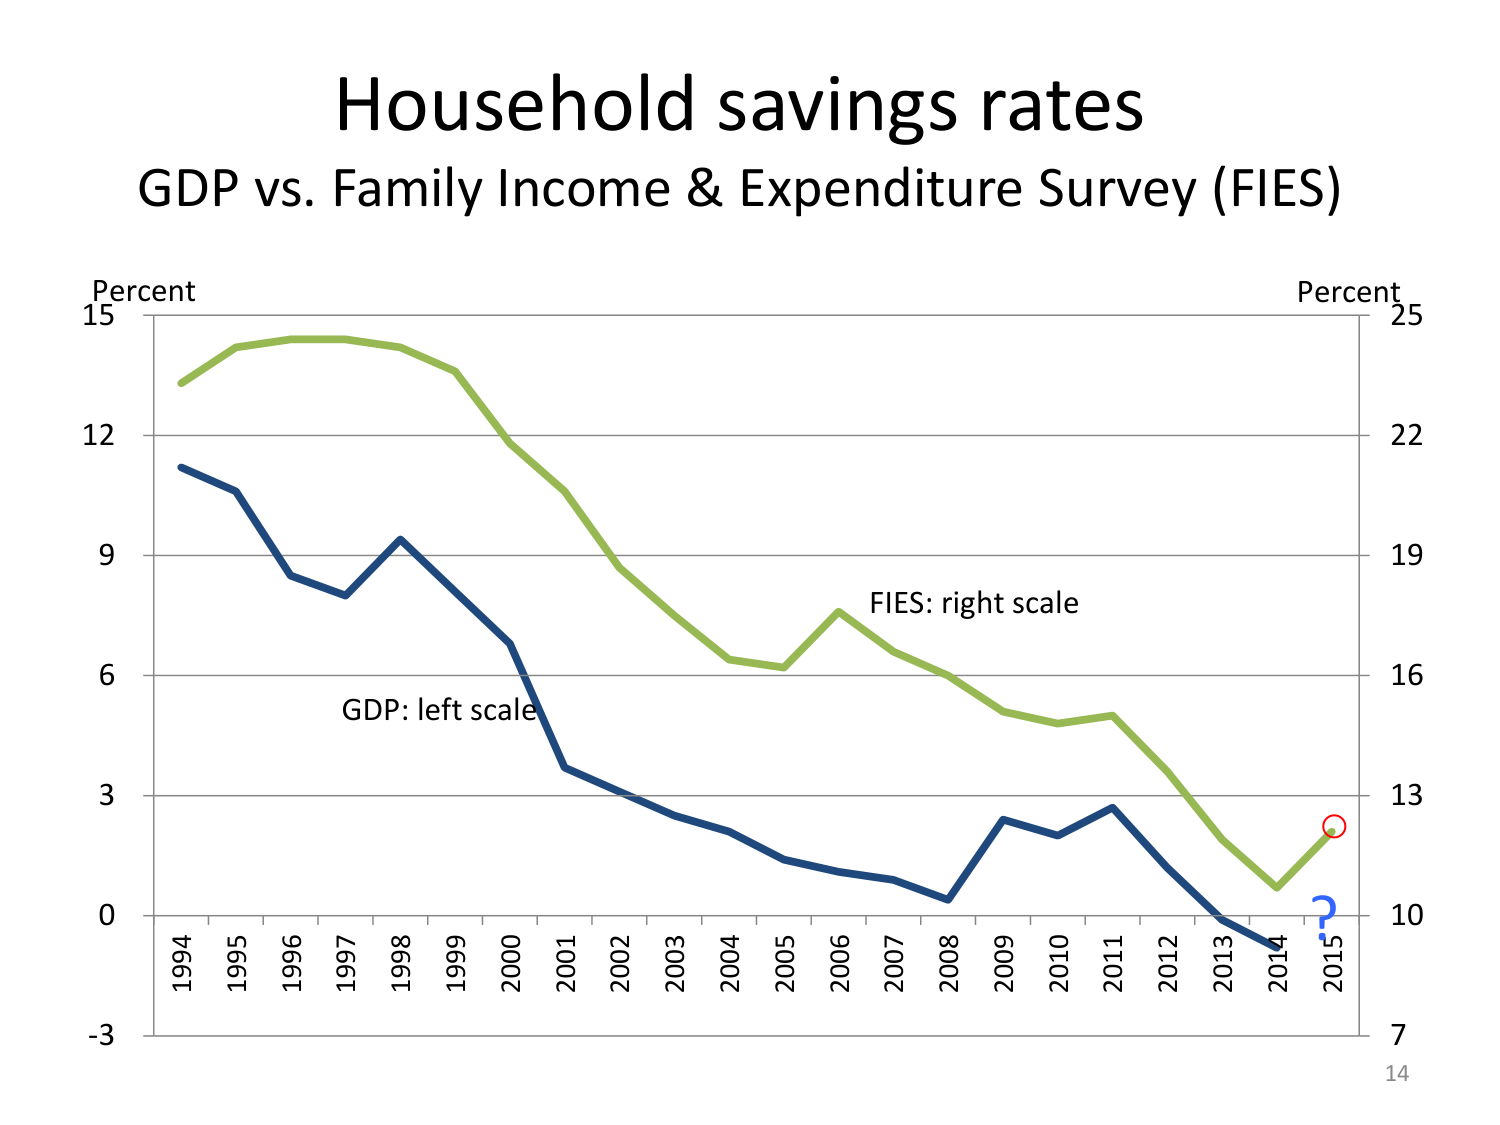
Household savings rates
GDP vs. Family Income & Expenditure Survey (FIES)
Percent
15
12
9
6
3
0
-3
1994
1995
1996
1997
1998
1999
2000
2001
2002
2003
2004
2005
2006
2007
2008
2009
2010
2011
2012
2013
2014
2015
GDP: left scale
FIES: right scale
Percent
25
22
19
16
13
10
7
14